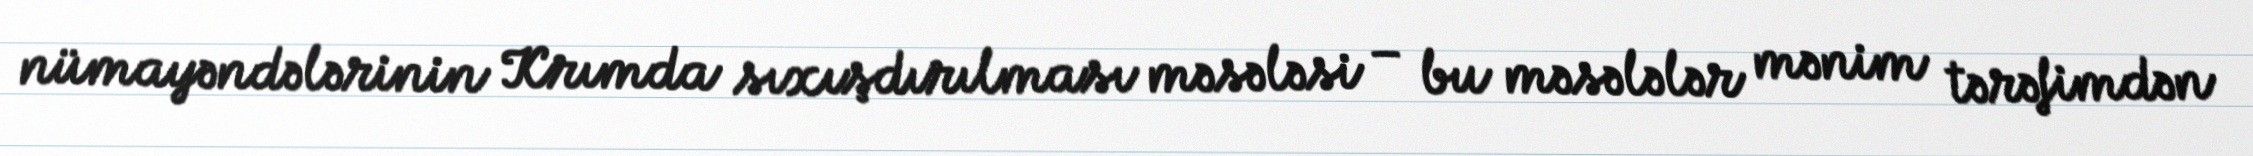
nümayəndələrinin Krımda sıxışdırılması məsələsi – bu məsələlər mənim tərəfimdən